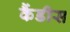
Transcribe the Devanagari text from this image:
कैंडीस